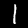
Digit: 1